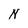
Character: N